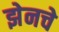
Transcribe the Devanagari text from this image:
झेनचे